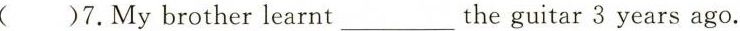
( )7.My brother learnt_the guitar 3 years ago.